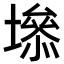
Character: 𡑐